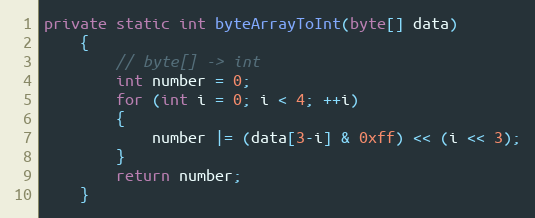
Language: Java
private static int byteArrayToInt(byte[] data)
    {
        // byte[] -> int
        int number = 0;
        for (int i = 0; i < 4; ++i)
        {
            number |= (data[3-i] & 0xff) << (i << 3);
        }
        return number;
    }